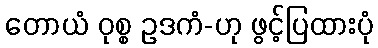
တောယံ ဝုစ္စ ဥဒကံ-ဟု ဖွင့်ပြထားပုံ